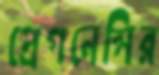
প্রেগনেন্সির